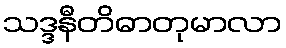
သဒ္ဒနီတိဓာတုမာလာ